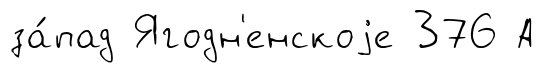
за́пад Ягодн'енскоjе 376 А